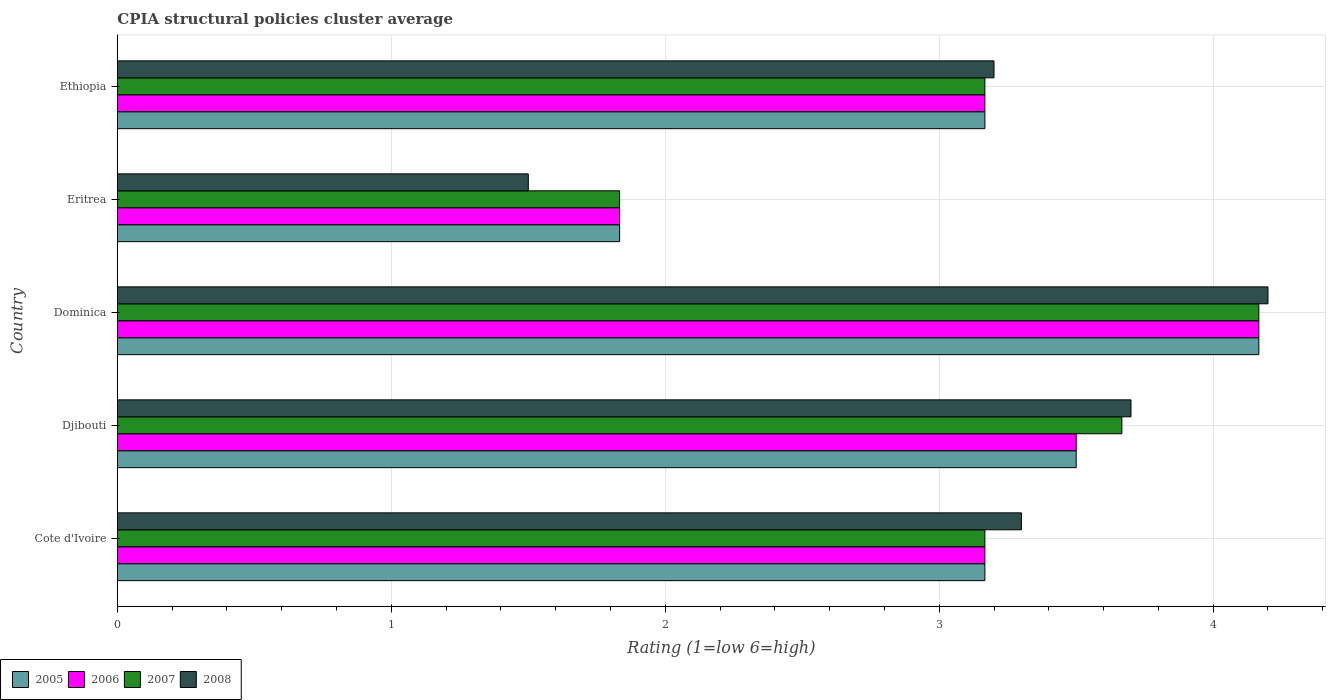
| Country | 2005 | 2006 | 2007 | 2008 |
 | --- | --- | --- | --- | --- |
 | Cote d'Ivoire | 3.17 | 3.17 | 3.17 | 3.3 |
 | Djibouti | 3.5 | 3.5 | 3.67 | 3.7 |
 | Dominica | 4.17 | 4.17 | 4.17 | 4.2 |
 | Eritrea | 1.83 | 1.83 | 1.83 | 1.5 |
 | Ethiopia | 3.17 | 3.17 | 3.17 | 3.2 |